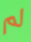
لم